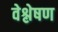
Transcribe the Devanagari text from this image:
वेश्लेषण